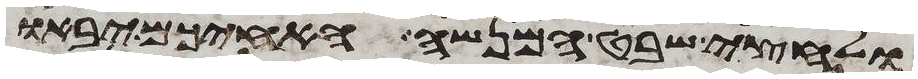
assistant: ולחצי שבט המנשה האחיכם יבאו